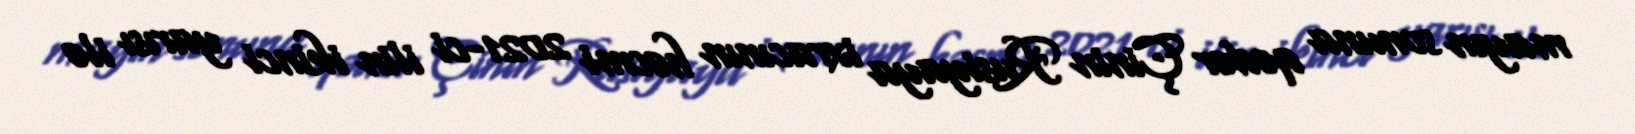
mayın sonuna qədər Çinin Rusiyaya ixracının həcmi 2021-ci ilin ikinci yarısı ilə